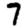
Digit: 7